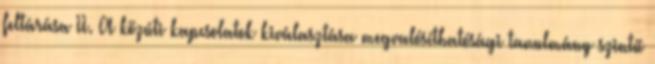
feltárása II. A közúti kapcsolatok kiválasztása megvalósíthatósági tanulmány szintű